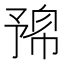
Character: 𠄛